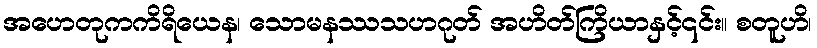
အဟေတုကကိရိယေန၊ သောမနဿသဟဂုတ် အဟိတ်ကြိယာနှင့်၎င်း။ စတူဟိ၊